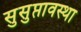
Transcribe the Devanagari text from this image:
सुसुप्तावस्था